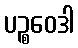
ပဉ္စဝေဒါ